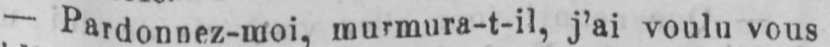
- Pardonnez-moi, murmura-t-il, j’ai voulu vous